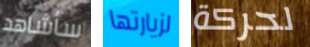
سأشاهد لزيارتها لحركة